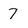
Character: 7